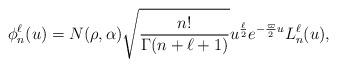
LaTeX: \begin{align*} \phi_n^{\ell}(u)=N(\rho,\alpha)\sqrt{\frac{n!}{\Gamma(n+\ell+1)}}u^{\frac{\ell}{2}}e^{-\frac{\varpi}{2}u}L_n^{\ell}(u),\end{align*}